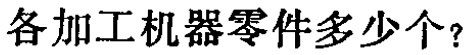
各加工机器零件多少个？